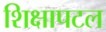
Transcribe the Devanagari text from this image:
शिक्षापटल